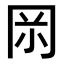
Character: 𠕚